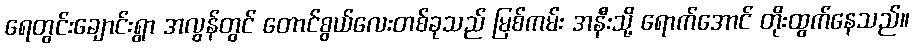
ရေတွင်းချောင်းရွာ အလွန်တွင် တောင်စွယ်လေးတစ်ခုသည် မြစ်ကမ်း အနီးသို့ ရောက်အောင် တိုးထွက်နေသည်။